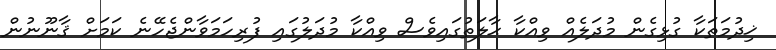
ޚިދުމަތަކާ ގުޅިގެން މުދަލެއް ވިއްކާ ޙާލަތުގައިވެސް ވިއްކާ މުދަލުގައި ފުރިހަމަވާންޖެހޭނެ ކަމަށް ޤާނޫނުން